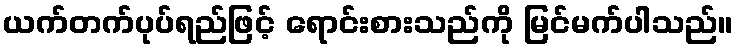
ယက်တက်ပုပ်ရည်ဖြင့် ရောင်းစားသည်ကို မြင်မက်ပါသည်။